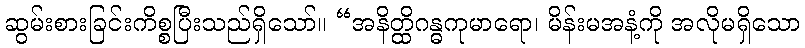
ဆွမ်းစားခြင်းကိစ္စပြီးသည်ရှိသော်။ “အနိတ္ထိဂန္ဓကုမာရော၊ မိန်းမအနံ့ကို အလိုမရှိသော